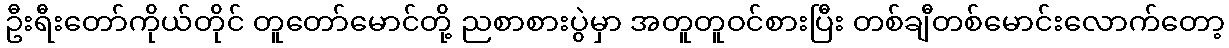
ဦးရီးတော်ကိုယ်တိုင် တူတော်မောင်တို့ ညစာစားပွဲမှာ အတူတူဝင်စားပြီး တစ်ချီတစ်မောင်းလောက်တော့